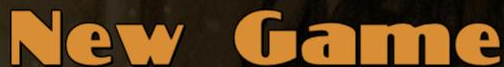
New Game